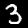
Digit: 3